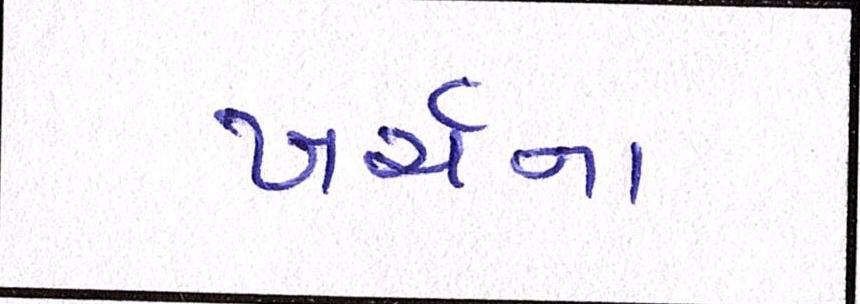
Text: ખર્ચના